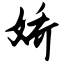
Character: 娇